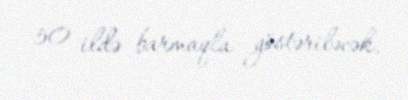
50 ildə barmaqla göstəriləcək.